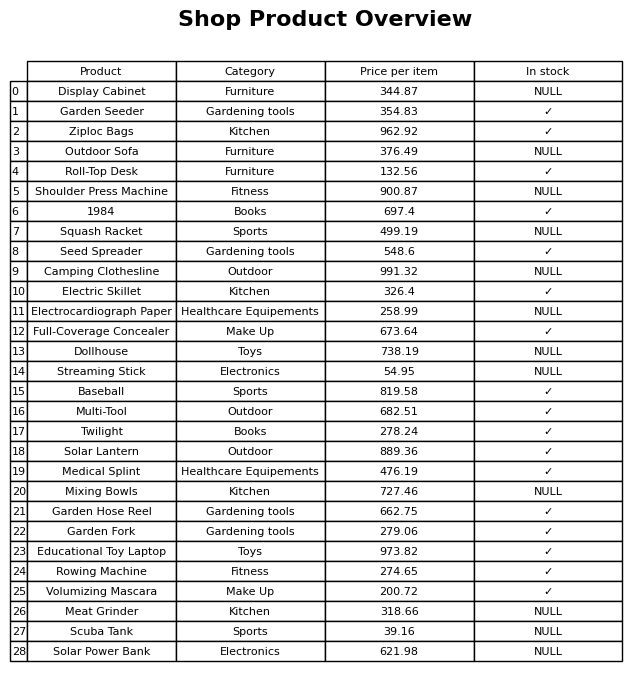
question: What is the price for Roll-Top Desk?
answer: The price of Roll-Top Desk is 132.56.